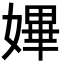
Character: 𡠚